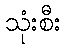
သုံးစီး